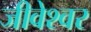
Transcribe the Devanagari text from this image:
जीवेश्वर